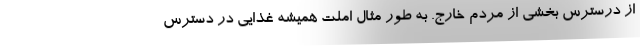
از درسترس بخشی از مردم خارج. به طور مثال املت همیشه غذایی در دسترس